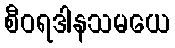
စီဝရဒါနသမယေ